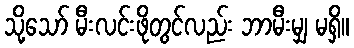
သို့သော် မီးလင်းဖိုတွင်လည်း ဘာမီးမျှ မရှိ။